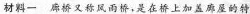
材料一 廊桥又称风雨桥，是在桥上加盖廊屋的特